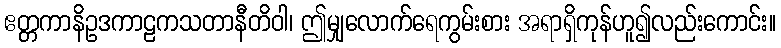
ဧတ္တကာနိဥဒကာဠကသတာနီတိဝါ၊ ဤမျှလောက်ရေကွမ်းစား အရာရှိကုန်ဟူ၍လည်းကောင်း။